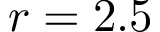
r = 2 . 5